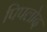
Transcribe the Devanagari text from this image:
पिपलोद